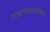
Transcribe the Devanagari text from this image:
उत्पादनावरच्या